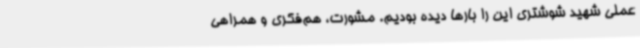
عملی شهید شوشتری این را بارها دیده بودیم. مشورت، هم‌فکری و همراهی